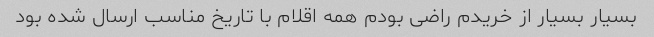
بسیار بسیار از خریدم راضی بودم همه اقلام با تاریخ مناسب ارسال شده بود